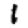
Digit: 1